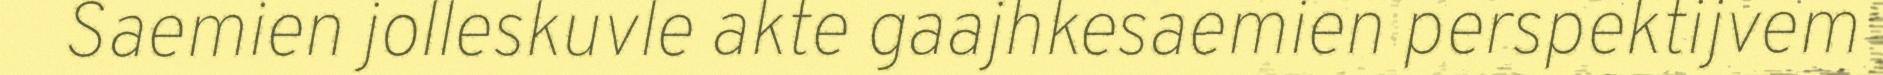
Saemien jolleskuvle akte gaajhkesaemien perspektijvem